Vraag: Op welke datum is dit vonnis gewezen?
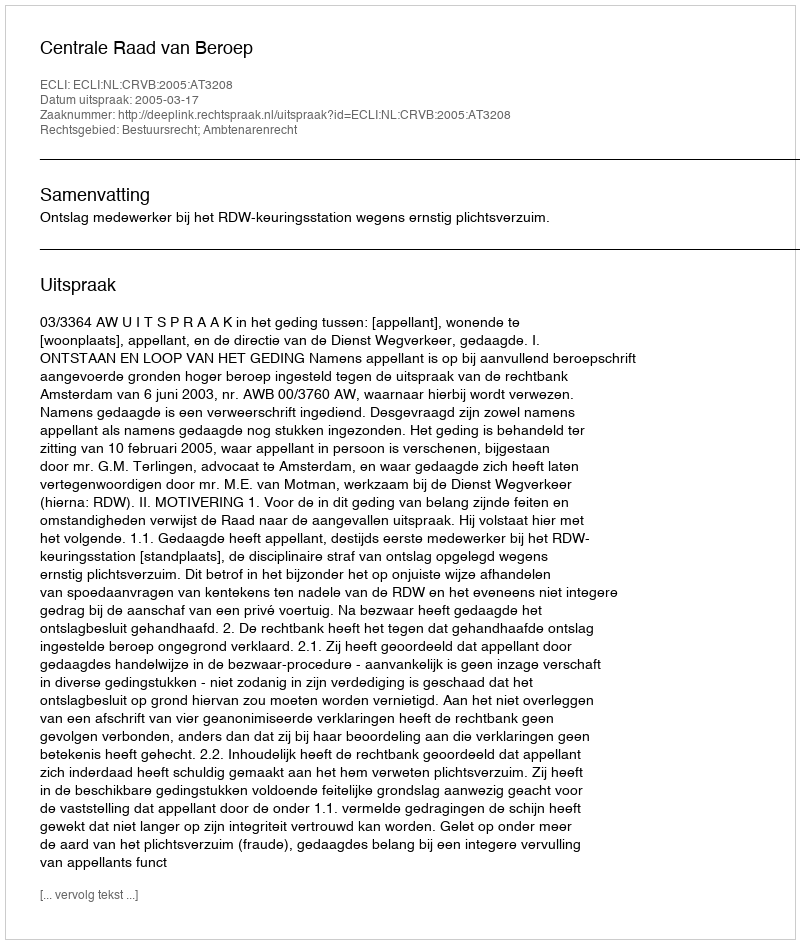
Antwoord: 2005-03-17